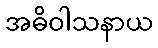
အဓိဝါသနာယ